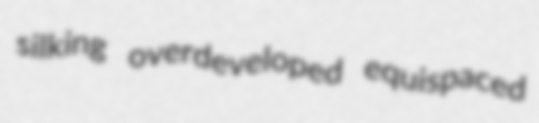
silking overdeveloped equispaced